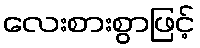
လေးစားစွာဖြင့်